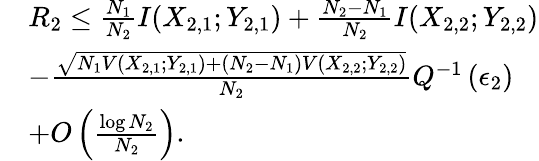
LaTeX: \begin{array}{rl}&{R_{2}\leq\frac{N_{1}}{N_{2}}I(X_{2,1};Y_{2,1})+\frac{N_{2}-N_{1}}{N_{2}}I(X_{2,2};Y_{2,2})}\\ &{-\frac{\sqrt{N_{1}V(X_{2,1};Y_{2,1})+(N_{2}-N_{1})V(X_{2,2};Y_{2,2})}}{N_{2}}Q^{-1}\left(\epsilon_{2}\right)}\\ &{+O\left(\frac{\log N_{2}}{N_{2}}\right).}\end{array}